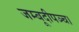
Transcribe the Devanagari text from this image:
जम्बूदीपञ्च।